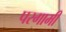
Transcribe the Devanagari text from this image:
परगामी